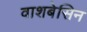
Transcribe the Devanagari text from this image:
वाशबेसिन